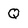
Character: Q